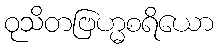
ဝုသိတဗြဟ္မစရိယော